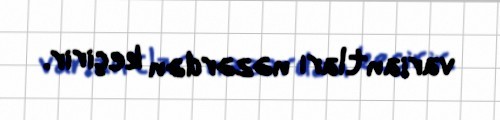
variantları nəzərdən keçirir.